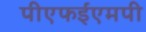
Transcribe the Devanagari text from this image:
पीएफईएमपी